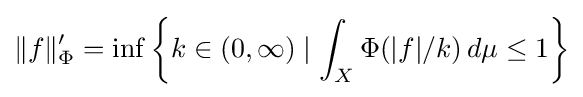
\|f\|'_{\Phi }=\inf \left\{k\in (0,\infty )\mid \int _{X}\Phi (|f|/k)\,d\mu \leq 1\right\}